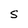
Character: S